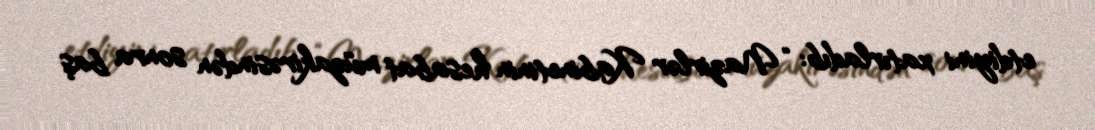
etdiyini xatırladıb: “Nazirlər Kabinetinin hesabat müzakirəsindən sonra baş